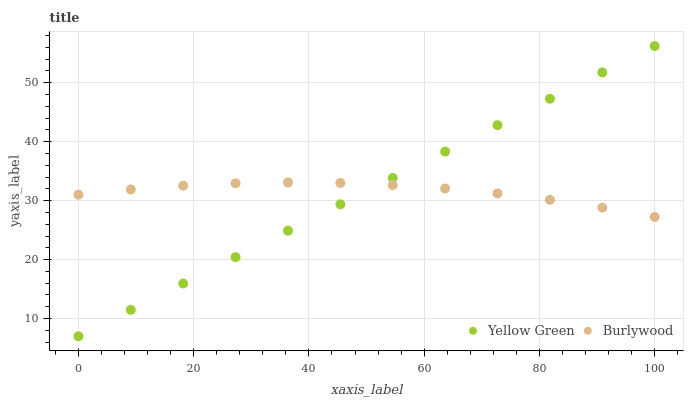
| xaxis_label | Yellow Green | Burlywood |
 | --- | --- | --- |
 | 0 | 7 | 31 |
 | 9.09 | 11.5 | 31.9 |
 | 18.2 | 15.9 | 32.5 |
 | 27.3 | 20.4 | 32.9 |
 | 36.4 | 24.9 | 33.1 |
 | 45.5 | 29.4 | 33 |
 | 54.5 | 33.8 | 32.6 |
 | 63.6 | 38.3 | 32.1 |
 | 72.7 | 42.8 | 31.2 |
 | 81.8 | 47.3 | 30.1 |
 | 90.9 | 51.7 | 28.8 |
 | 100 | 56.2 | 27.2 |